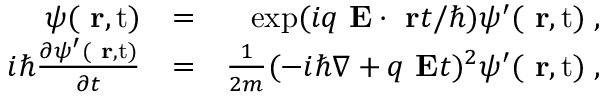
\begin{array} { r l r } { \psi ( \mathrm { { \bf ~ r } , t } ) } & { = } & { \exp ( i q \mathrm { \bf ~ E } \cdot \mathrm { \bf ~ r } t / \hbar ) \psi ^ { \prime } ( \mathrm { { \bf ~ r } , t } ) \; , } \\ { i \hbar \frac { \partial \psi ^ { \prime } ( \mathrm { { \bf ~ r } , t } ) } { \partial t } } & { = } & { \frac { 1 } { 2 m } ( - i \hbar \nabla + q \mathrm { \bf ~ E } t ) ^ { 2 } \psi ^ { \prime } ( \mathrm { { \bf ~ r } , t } ) \; , } \end{array}